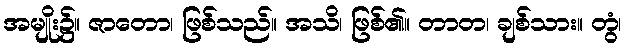
အမျိုး၌။ ဇာတော၊ ဖြစ်သည်။ အသိ၊ ဖြစ်၏။ တာတ၊ ချစ်သား။ တွံ၊